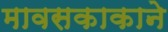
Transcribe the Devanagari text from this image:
मावसकाकाने